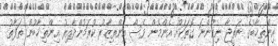
އިންތިޚާބުގެ ނަތީޖާ ނިކުންނަ ގޮތަކަށް އެންމެން ވެސް އިންތިޒާރު ކުރަމުންދާއިރު އިންތިޚާބުން ތަފާތު